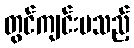
တွင်ကျင်းပသည့်